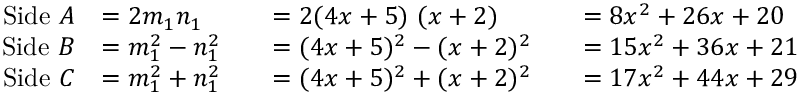
{ \begin{array} { r l r l r l } { { \mathrm { S i d e ~ } } A } & { = 2 m _ { 1 } n _ { 1 } } & & { = 2 ( 4 x + 5 ) { \mathrm { ~ } } ( x + 2 ) } & & { = 8 x ^ { 2 } + 2 6 x + 2 0 } \\ { { \mathrm { S i d e ~ } } B } & { = m _ { 1 } ^ { 2 } - n _ { 1 } ^ { 2 } } & & { = ( 4 x + 5 ) ^ { 2 } - ( x + 2 ) ^ { 2 } } & & { = 1 5 x ^ { 2 } + 3 6 x + 2 1 } \\ { { \mathrm { S i d e ~ } } C } & { = m _ { 1 } ^ { 2 } + n _ { 1 } ^ { 2 } } & & { = ( 4 x + 5 ) ^ { 2 } + ( x + 2 ) ^ { 2 } } & & { = 1 7 x ^ { 2 } + 4 4 x + 2 9 } \end{array} }